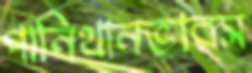
পানিথানভারস